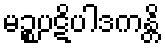
မဉ္စပဋိပါဒကန္တိ